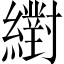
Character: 𦆹